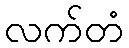
လက်တံ